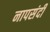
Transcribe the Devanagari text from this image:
नापसंदी